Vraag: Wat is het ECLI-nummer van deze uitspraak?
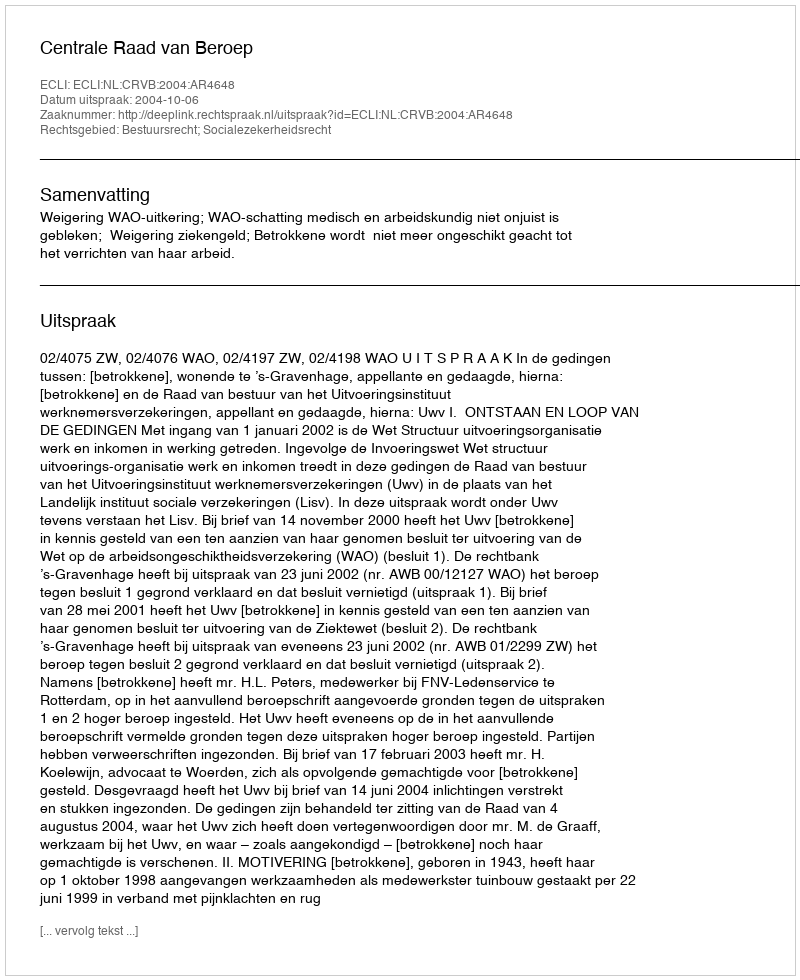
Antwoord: ECLI:NL:CRVB:2004:AR4648